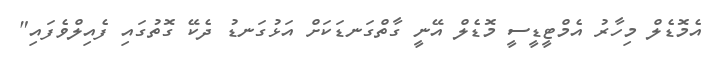
އެމޮޑެލް މިހާރު އެމްޓީޑީސީ މޮޑެލް އޭނީ ގާތްގަނޑަކަށް އަޅުގަނޑު ދެކޭ ގޮތުގައި ފެއިލްވެފައި"